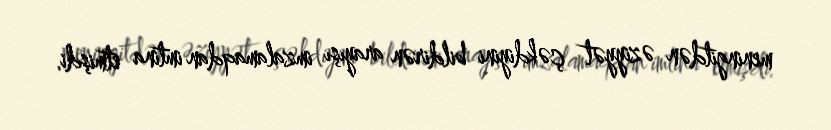
meningitdən əziyyət çəkdiyini bildirən arayışı imzalamaqdan imtina etmişdi.